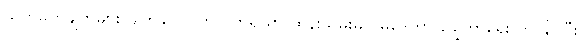
သတ်မှတ်ချက်များ မျက်နှာပြင်တွင် ကိရိယာ ထိန်းသိမ်းမှု ပိုမိုဒေတာ ချွေတာရေး ကို နှိပ်ပြီး